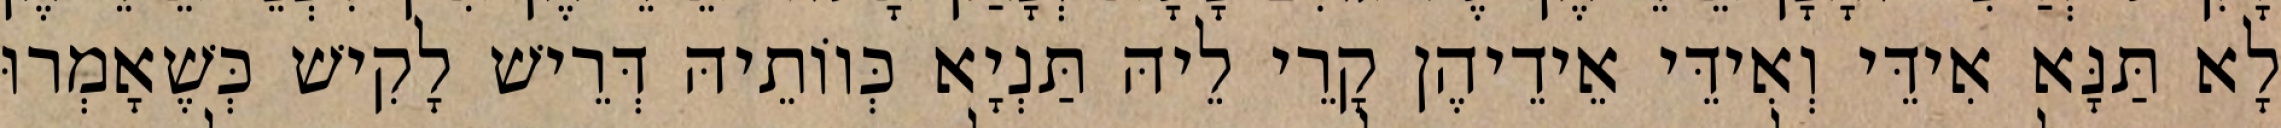
לָא תַּנָּא אִידֵּי וְאִידֵּי אֵידֵיהֶן קָרֵי לֵיהּ תַּנְיָא כְּווֹתֵיהּ דְּרֵישׁ לָקִישׁ כְּשֶׁאָמְרוּ